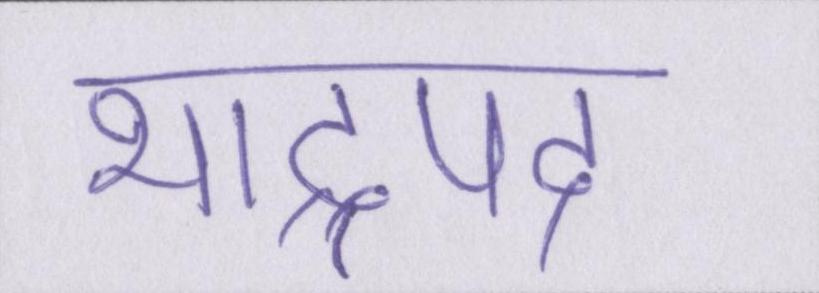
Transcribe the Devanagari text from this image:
भाद्रपद